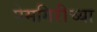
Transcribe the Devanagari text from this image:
पेमगिरीच्या